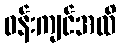
ဝန်းကျင်အထိ